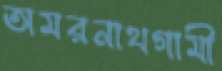
অমরনাথগামী